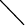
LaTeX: \diagdown